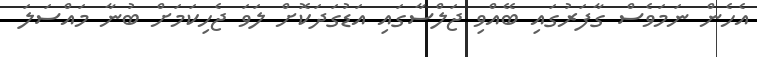
އެހެން ނަމަވެސް ގާފަރުގައި ބޭއްވި ޖަލްސާގައި އަޑުގަދަކޮށް ލަވަ ޖެހިކަމަށް ބުނާ މައްސަލަ